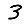
Digit: 3